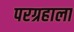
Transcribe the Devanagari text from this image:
परग्रहाला